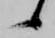
候